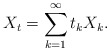
\begin{align*}X_t = \sum_{k=1}^\infty t_k X_k.\end{align*}